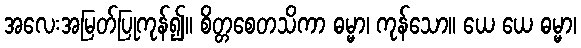
အလေးအမြတ်ပြုကုန်၍။ စိတ္တစေတသိကာ ဓမ္မာ၊ ကုန်သော။ ယေ ယေ ဓမ္မာ၊